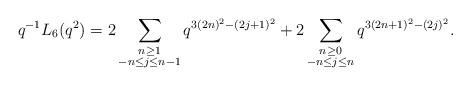
LaTeX: \begin{align*} q^{-1} L_{6}(q^2) = 2\sum_{\substack{n \geq 1 \\ -n \leq j \leq n-1}} q^{3(2n)^2 - (2j+1)^2} + 2\sum_{\substack{n \geq 0 \\ -n \leq j \leq n}} q^{3(2n+1)^2 - (2j)^2}.\end{align*}